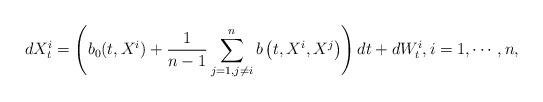
LaTeX: \begin{align*}dX_t^i=\left(b_0(t,X^i)+\frac{1}{n-1}\sum_{j=1,j\neq i}^n b\left(t,X^i,X^j\right)\right)dt+dW^i_t,i=1,\cdots,n,\end{align*}